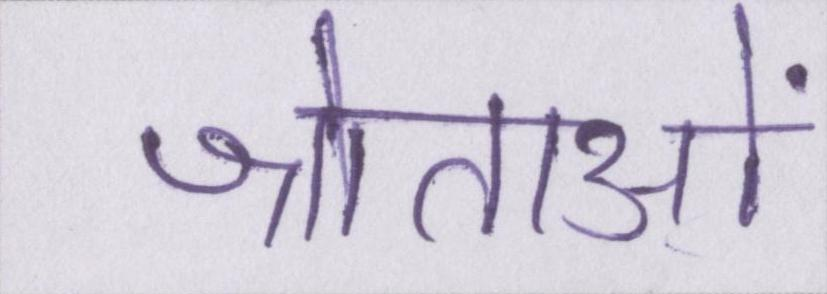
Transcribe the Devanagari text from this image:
श्रोताओं